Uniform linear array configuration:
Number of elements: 12
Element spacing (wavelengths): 0.5
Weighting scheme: blackman
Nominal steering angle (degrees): -45
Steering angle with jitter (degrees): -43.58
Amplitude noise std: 0.05
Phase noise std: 0.05

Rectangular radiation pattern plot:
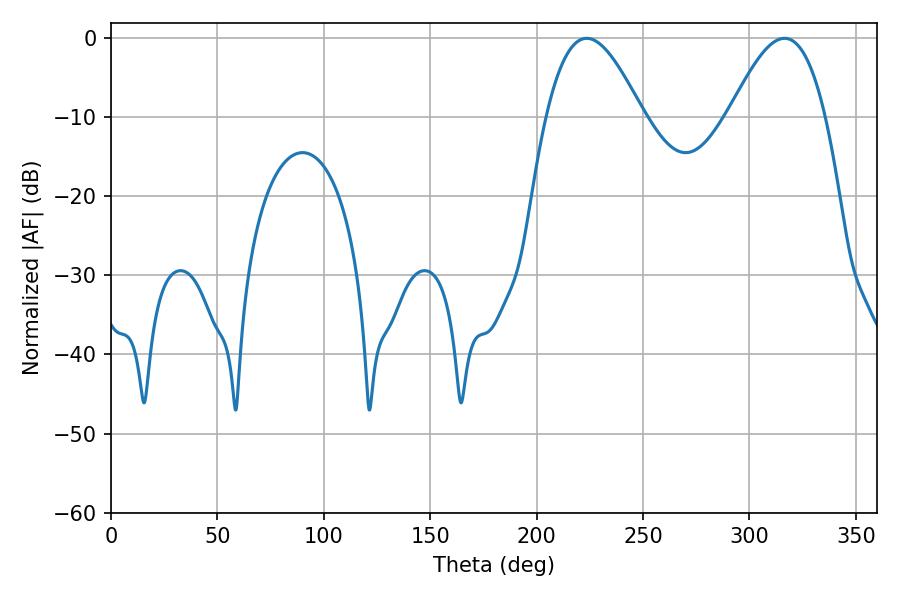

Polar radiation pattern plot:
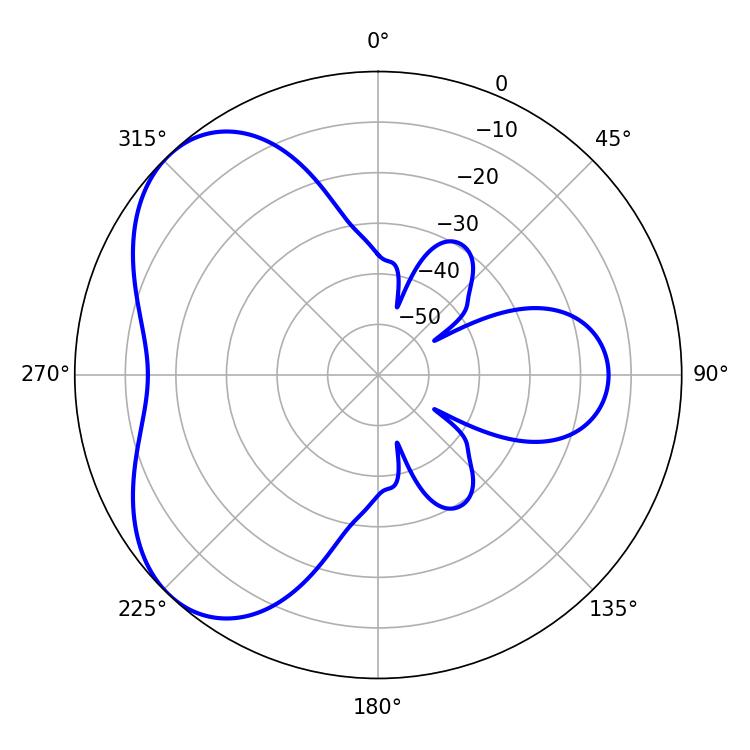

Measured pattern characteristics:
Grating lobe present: FALSE
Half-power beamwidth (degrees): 24.48
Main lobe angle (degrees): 223.56